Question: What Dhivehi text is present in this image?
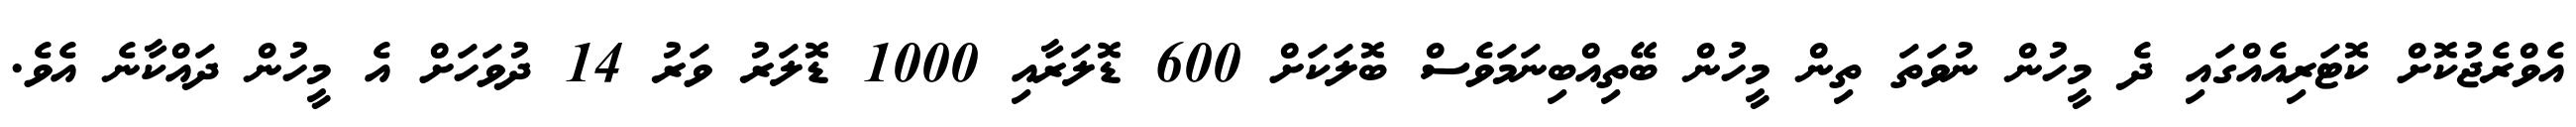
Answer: އެވްރެޖުކޮށް ކޮޓަރިއެއްގައި ދެ މީހުން ނުވަތަ ތިން މީހުން ބޭތިއްބިނަމަވެސް ބޮލަކަށް 600 ޑޮލަރާއި 1000 ޑޮލަރު ވަރު 14 ދުވަހަށް އެ މީހުން ދައްކާނެ އެވެ.